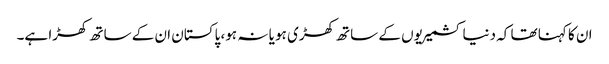
ان کا کہنا تھا کہ دنیا کشمیریوں کے ساتھ کھڑی ہو یا نہ ہو، پاکستان ان کے ساتھ کھڑا ہے۔